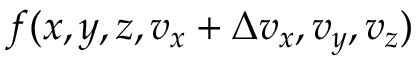
f ( x , y , z , v _ { x } + \Delta v _ { x } , v _ { y } , v _ { z } )